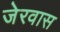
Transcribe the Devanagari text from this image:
जेरवास